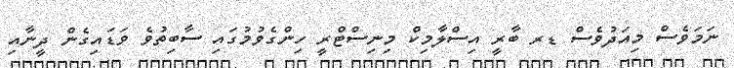
ނަމަވެސް މިއަދުވެސް ޑރ ބާރީ އިސްލާމިކް މިނިސްޓްރީ ހިންގެވުމުގައި ސާބިތުވެ ވަޑައިގެން ދީނާއި